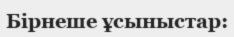
Бірнеше ұсыныстар: